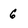
Character: 6